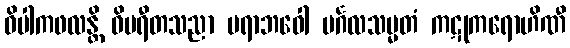
ဝိပါကဖလန္တိ ဝိပရီတသညာ ပရာဘဝေါ မင်္ဂလသမ္မတံ ကဋုကရောဟိဏီ